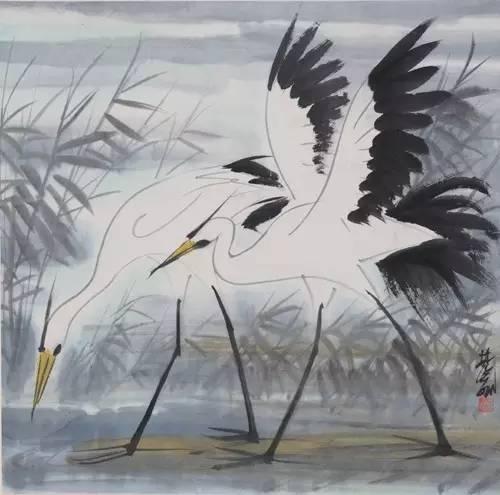
罗幕轻寒，燕子双飞去。